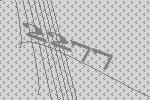
2277